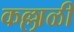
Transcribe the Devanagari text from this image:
कल्लाळी